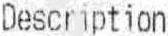
DESCRIPTION